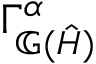
\Gamma _ { \mathbb { G } ( \hat { H } ) } ^ { \alpha }